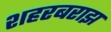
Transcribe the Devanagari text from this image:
शहरबराझ